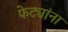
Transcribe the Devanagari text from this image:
फेट्यांना